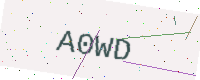
Text: A0WD